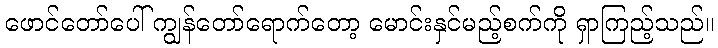
ဖောင်တော်ပေါ် ကျွန်တော်ရောက်တော့ မောင်းနှင်မည့်စက်ကို ရှာကြည့်သည်။